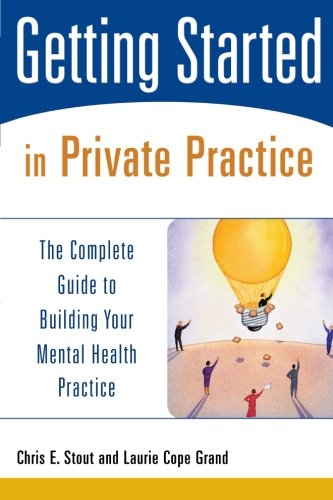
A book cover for Getting Started in Private Practice: The Complete Guide to Building Your Mental Health Practice; Chris E. Stout; Medical Books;